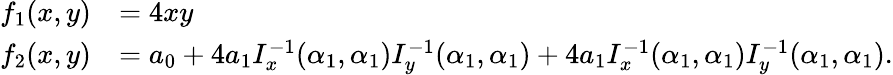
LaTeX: \begin{array}{rl}{f_{1}(x,y)}&{=4xy}\\ {f_{2}(x,y)}&{=a_{0}+4a_{1}I_{x}^{-1}(\alpha_{1},\alpha_{1})I_{y}^{-1}(\alpha_{1},\alpha_{1})+4a_{1}I_{x}^{-1}(\alpha_{1},\alpha_{1})I_{y}^{-1}(\alpha_{1},\alpha_{1}).}\end{array}